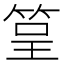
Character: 䇸